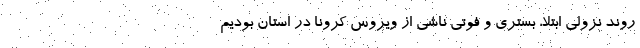
روند نزولی ابتلا، بستری و فوتی ناشی از ویروس کرونا در استان بودیم